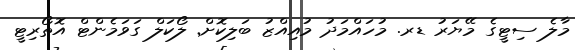
މާލެ ސިޓީގެ މޭޔަރު ޑރ. މުހައްމަދު މުއިއްޒު ބަލިކޮށް